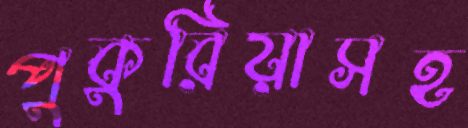
পুকুরিয়াসহ